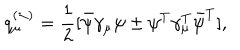
q _ { \mu } ^ { ( \pm ) } = \frac { 1 } { 2 } [ \bar { \psi } \gamma _ { \mu } \psi \pm \psi ^ { T } \gamma _ { \mu } ^ { T } \bar { \psi } ^ { T } ] ,